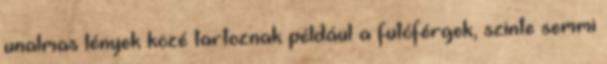
unalmas lények közé tartoznak például a futóférgek, szinte semmi